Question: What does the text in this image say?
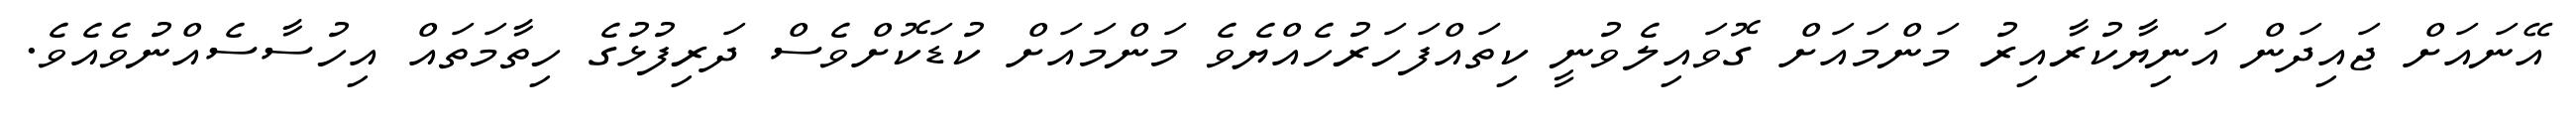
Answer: އޭނައަށް ޖައިދަން އަނިޔާކުރާއިރު މަންމައަށް ގޮވައިލެވުނީ ކިތައްފަހަރުހެއްޔެވެ މަންމައަށް ކުޑަކޮށްވެސް ދަރިފުޅުގެ ހިތާމަތައް އިހުސާސެއްނުވެއެވެ.